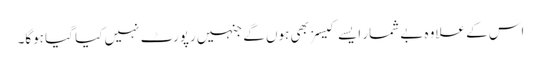
اس کے علاوہ بے شمار ایسے کیسز بھی ہوں گے جنہیں رپورٹ نہیں کیا گیا ہوگا۔